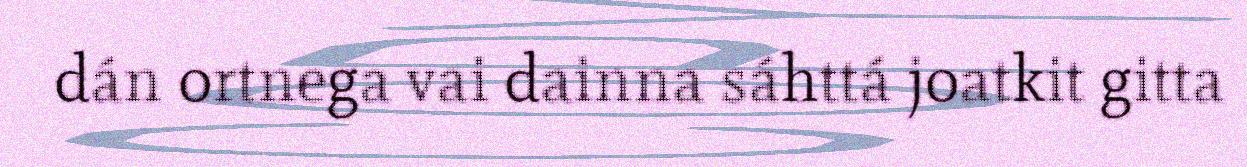
dán ortnega vai dainna sáhttá joatkit gitta